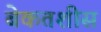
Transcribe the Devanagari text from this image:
बेकतशीस